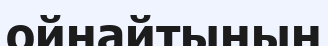
ойнайтынын